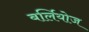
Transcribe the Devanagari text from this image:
बर्लियोज